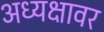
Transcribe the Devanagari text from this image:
अध्यक्षावर